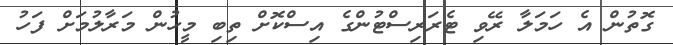
ގޮތުން އެ ހަމަލާ ރޭވި ޓެރަރިސްޓުންގެ އިސްކޮށް ތިބި މީހުން މަރާލުމަށް ފަހު